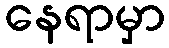
နေရာမှာ